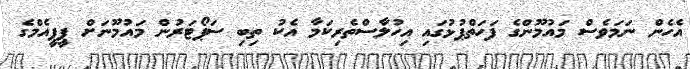
އެހެން ނަމަވެސް މައުމޫންގެ ފަހަތްޕުޅުގައި އިހުލާސްތެރިކަމާ އެކު ތިބި ސަޕޯޓަރުން މައުމޫނަށް ޕީޕީއެމްގެ